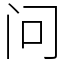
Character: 问